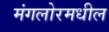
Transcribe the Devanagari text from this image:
मंगलोरमधील